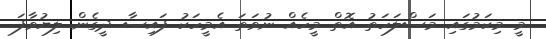
މީ މިކަމުގައި މަސްލަހަތު އޮތް މީހެއް ނުވަތަ އެމީހަކު ފައިސާ ދީގެން ލިޔުވާފަ